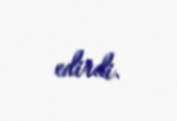
edirdi.